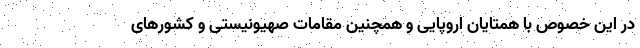
در این خصوص با همتایان اروپایی و همچنین مقامات صهیونیستی و کشورهای